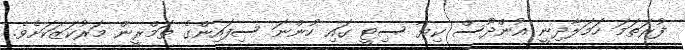
ފުރަތަމަ ހަމަލާދިނީ ޣުންދޫސް ކިޔާ ސިޓީ ގައި ހުންނަ ސިފައިންގެ ތަމްރީން މަރުކަޒަކަށެވެ.